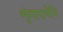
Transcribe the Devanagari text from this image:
शृंगाराचेनि